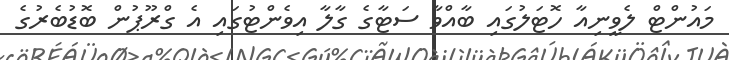
މައުންޓް ލެވީނިއާ ހޮޓަލުގައި ބާއްވާ ސަޓާގެ ގާލާ އިވެންޓުގައި އެ ގްރޫޕުން ބޮޑުބެރުގެ